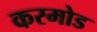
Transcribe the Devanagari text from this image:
करमोड